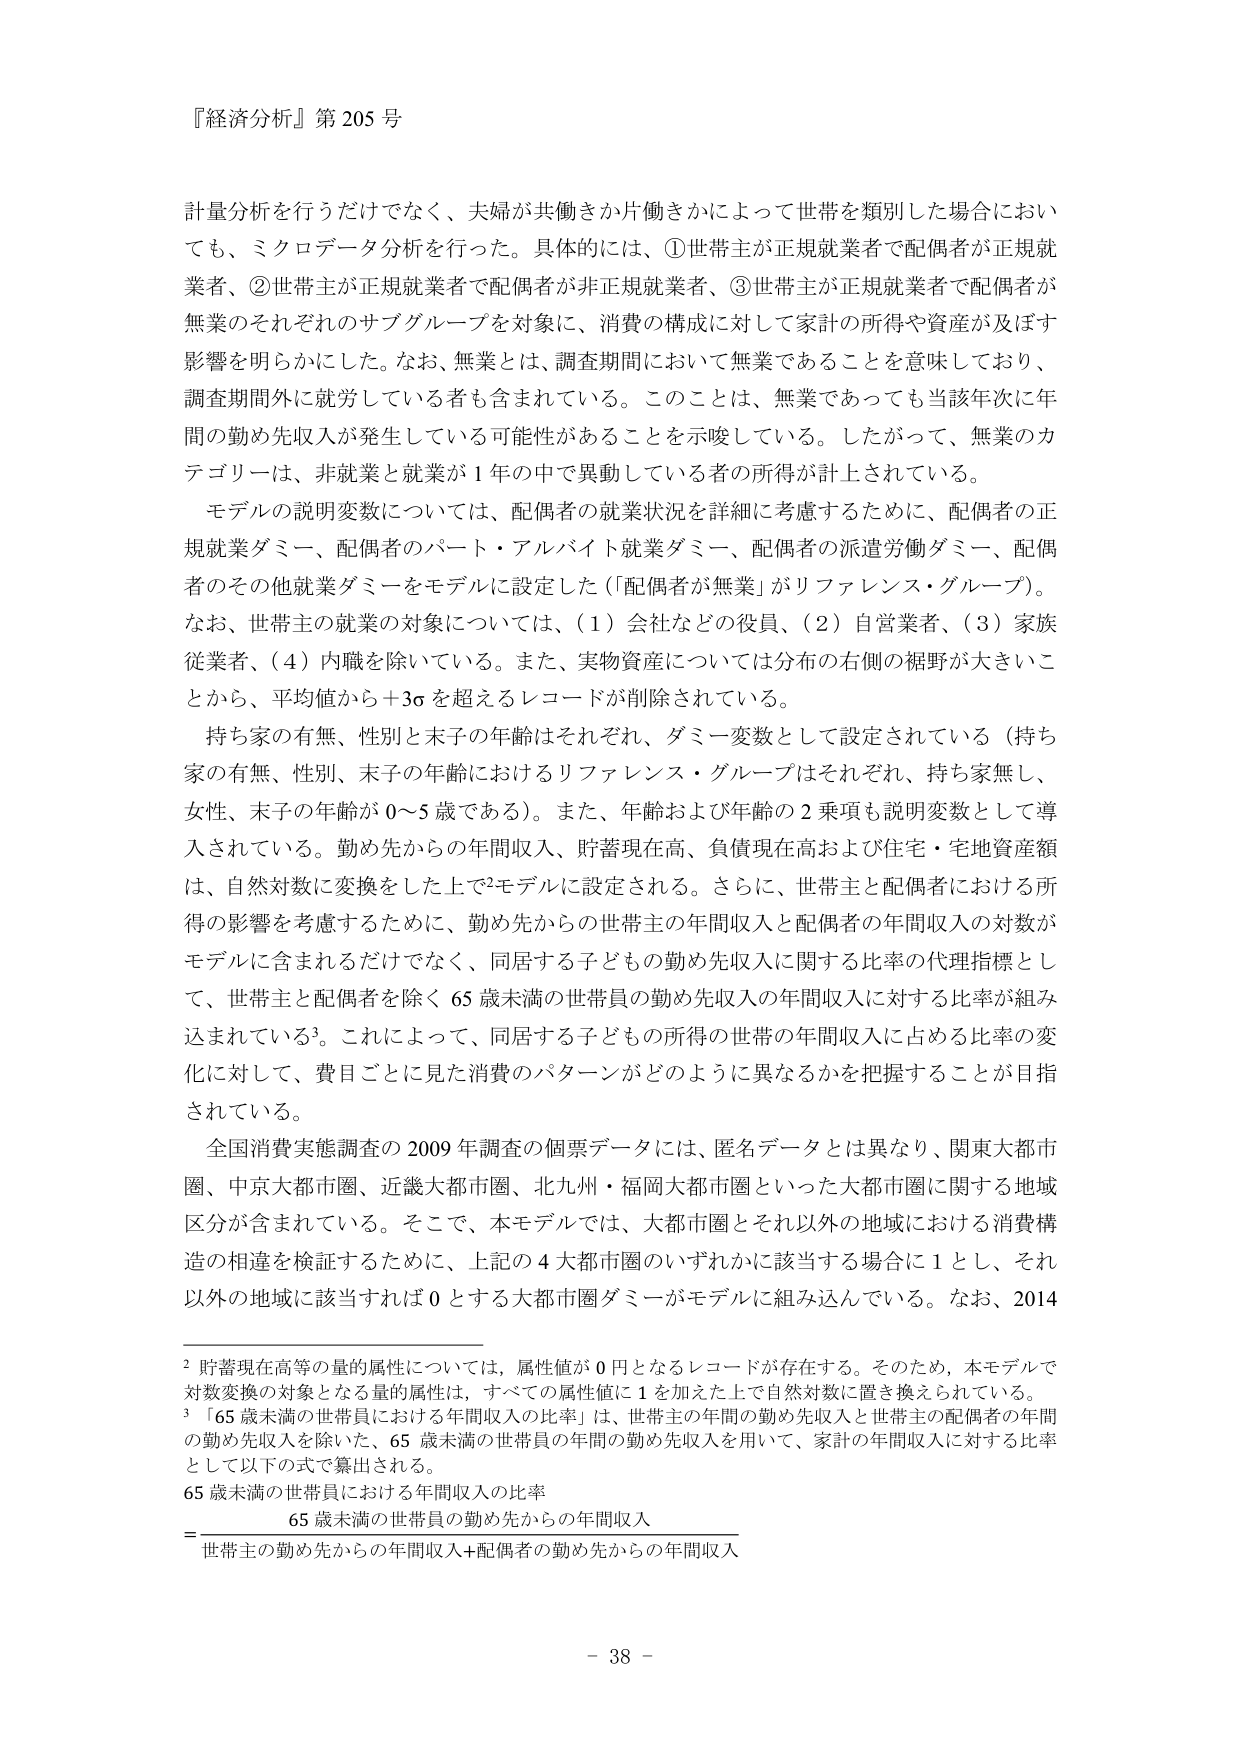
『経済分析』第205号

計量分析を行うだけでなく、夫婦が共働きか片働きかによって世帯を類別した場合においても、ミクロデータ分析を行った。具体的には、①世帯主が正規就業者で配偶者が正規就業者、②世帯主が正規就業者で配偶者が非正規就業者、③世帯主が正規就業者で配偶者が無業のそれぞれのサブグループを対象に、消費の構成に対して家計の所得や資産が及ぼす影響を明らかにした。なお、無業とは、調査期間において無業であることを意味しており、調査期間外に就労している者も含まれている。このことは、無業であっても当該年次に年間の勤め先収入が発生している可能性があることを示唆している。したがって、無業のカテゴリは、非就業と就業が1年の中で異動している者の所得が計上されている。

モデルの説明変数については、配偶者の就業状況を詳細に考慮するために、配偶者の正規就業ダミー、配偶者のパート・アルバイト就業ダミー、配偶者の派遣労働ダミー、配偶者のその他就業ダミーをモデルに設定した（「配偶者が無業」がリファレンス・グループ）。なお、世帯主の就業の対象については、（1）会社などの役員、（2）自営業者、（3）家族従業者、（4）内職を除いている。また、実物資産については分布の右側の裾野が大きいことから、平均値から＋3σを超えるレコードが削除されている。

持ち家の有無、性別と末子の年齢はそれぞれ、ダミー変数として設定されている（持ち家の有無、性別、末子の年齢におけるリファレンス・グループはそれぞれ、持ち家無し、女性、末子の年齢が0～5歳である）。また、年齢および年齢の2乗項も説明変数として導入されている。勤め先からの年間収入、貯蓄現在高、負債現在高および住宅・宅地資産額は、自然対数に変換をした上でモデルに設定される。さらに、世帯主と配偶者における所得の影響を考慮するために、勤め先からの世帯主の年間収入と配偶者の年間収入の対数がモデルに含まれるだけでなく、同居する子どもらの勤め先収入に関する比率の代理指標として、世帯主と配偶者を除く65歳未満の世帯員の勤め先収入の年間収入に対する比率が組み込まれている。これによって、同居する子どもらの所得の世帯の年間収入に占める比率の変化に対して、費目ごとに見た消費のパターンがどのように異なるかを把握することが目指されている。

全国消費実態調査の2009年調査の個票データには、匿名データとは異なり、関東大都市圏、中京大都市圏、近畿大都市圏、北九州・福岡大都市圏といった大都市圏に関する地域区分が含まれている。そこで、本モデルでは、大都市圏とそれ以外の地域における消費構造の相違を検証するために、上記の4大都市圏のいずれかに該当する場合に1とし、それ以外の地域に該当すれば0とする大都市圏ダミーがモデルに組み込んでいる。なお、2014

2 貯蓄現在高等の量的属性については、属性値が0円となるレコードが存在する。そのため、本モデルで対数変換の対象となる量的属性は、すべての属性値に1を加えた上で自然対数に置き換えられている。

3 「65歳未満の世帯員における年間収入の比率」は、世帯主の年間の勤め先収入と世帯主の配偶者の年間の勤め先収入を除いた、65歳未満の世帯員の年間の勤め先収入を用いて、家計の年間収入に対する比率として以下の式で算出される。

65歳未満の世帯員における年間収入の比率
＝65歳未満の世帯員の勤め先からの年間収入
／世帯主の勤め先からの年間収入＋配偶者の勤め先からの年間収入

- 38 -